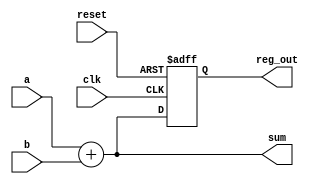
module example_design (
    input wire clk,         // Clock input
    input wire reset,       // Asynchronous reset
    input wire [3:0] a,     // 4-bit input
    input wire [3:0] b,     // 4-bit input
    output reg [3:0] sum,   // 4-bit output for sum
    output reg [3:0] reg_out // 4-bit output for stored value
);

// Combinational logic using always @*
always @* begin
    sum = a + b; // Calculate the sum of inputs a and b
end

// Sequential logic using always @ (posedge clk)
always @ (posedge clk or posedge reset) begin
    if (reset) begin
        reg_out <= 4'b0000; // Reset the stored value to 0
    end else begin
        reg_out <= sum; // Store the sum value on the clock edge
    end
end

endmodule